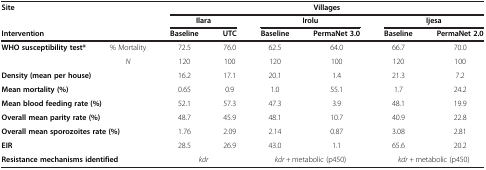
<table><thead><tr><td colspan="2"><b>Site</b></td><td colspan="6"><b>Villages</b></td></tr><tr><td><b> </b></td><td><b> </b></td><td colspan="2"><b>Ilara</b></td><td colspan="2"><b>Irolu</b></td><td colspan="2"><b>Ijesa</b></td></tr><tr><td colspan="2"><b>Intervention</b></td><td><b>Baseline</b></td><td><b>UTC</b></td><td><b>Baseline</b></td><td><b>PermaNet 3.0</b></td><td><b>Baseline</b></td><td><b>PermaNet 2.0</b></td></tr></thead><tbody><tr><td rowspan="2"><b>WHO susceptibility test*</b></td><td>% Mortality</td><td>72.5</td><td>76.0</td><td>62.5</td><td>64.0</td><td>66.7</td><td>70.0</td></tr><tr><td><i>N</i></td><td>120</td><td>100</td><td>120</td><td>100</td><td>120</td><td>100</td></tr><tr><td colspan="2"><b>Density (mean per house)</b></td><td>16.2</td><td>17.1</td><td>20.1</td><td>1.4</td><td>21.3</td><td>7.2</td></tr><tr><td colspan="2"><b>Mean mortality (%)</b></td><td>0.65</td><td>0.9</td><td>1.0</td><td>55.1</td><td>1.7</td><td>24.2</td></tr><tr><td colspan="2"><b>Mean blood feeding rate (%)</b></td><td>52.1</td><td>57.3</td><td>47.3</td><td>3.9</td><td>48.1</td><td>19.9</td></tr><tr><td colspan="2"><b>Overall mean parity rate (%)</b></td><td>48.7</td><td>45.9</td><td>48.1</td><td>10.7</td><td>40.9</td><td>22.8</td></tr><tr><td colspan="2"><b>Overall mean sporozoites rate (%)</b></td><td>1.76</td><td>2.09</td><td>2.14</td><td>0.87</td><td>3.08</td><td>2.81</td></tr><tr><td colspan="2"><b>EIR</b></td><td>28.5</td><td>26.9</td><td>43.0</td><td>1.1</td><td>65.6</td><td>20.2</td></tr><tr><td colspan="2"><b>Resistance mechanisms identified</b></td><td colspan="2"><i>kdr</i></td><td colspan="2"><i>kdr +</i> metabolic (p450)</td><td colspan="2"><i>kdr +</i> metabolic (p450)</td></tr></tbody></table>